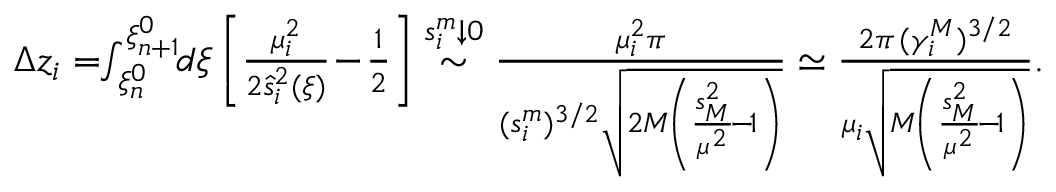
\begin{array} { r } { \Delta z _ { i } = \! \! \int _ { \xi _ { n } ^ { 0 } } ^ { \xi _ { n + 1 } ^ { 0 } } \! \! d \xi \left[ \frac { \mu _ { i } ^ { 2 } } { 2 \hat { s } _ { i } ^ { 2 } ( \xi ) } \! - \! \frac 1 2 \right] \stackrel { s _ { i } ^ { m } \downarrow 0 } { \sim } \frac { \mu _ { i } ^ { 2 } \pi } { ( s _ { i } ^ { m } ) ^ { 3 / 2 } \sqrt { 2 M \! \left( \frac { s _ { { \scriptscriptstyle M } } ^ { 2 } } { \mu ^ { 2 } } \! - \! 1 \right) } } \simeq \frac { 2 \pi \, ( \gamma _ { i } ^ { { \scriptscriptstyle M } } ) ^ { 3 / 2 } } { \mu _ { i } \sqrt { M \! \left( \frac { s _ { { \scriptscriptstyle M } } ^ { 2 } } { \mu ^ { 2 } } \! - \! 1 \right) } } . } \end{array}